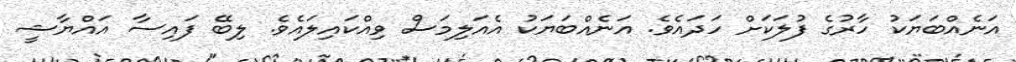
އަނެއްބަޔަކު ހާރުގެ ފުލަކަށް ހަދައެވެ. އަނެއްބަޔަކު އެއަލިމަސް ވިއްކައިލައެވެ. ލިބޭ ފައިސާ އައްޔާޝީ